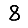
Digit: 8